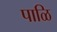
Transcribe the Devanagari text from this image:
पाळि